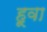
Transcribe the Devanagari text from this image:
हूवा